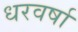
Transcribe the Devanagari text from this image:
धरवर्षा